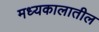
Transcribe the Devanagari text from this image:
मध्यकालातील